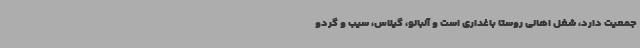
جمعیت دارد، شغل اهالی روستا باغداری است و آلبالو، گیلاس، سیب و گردو